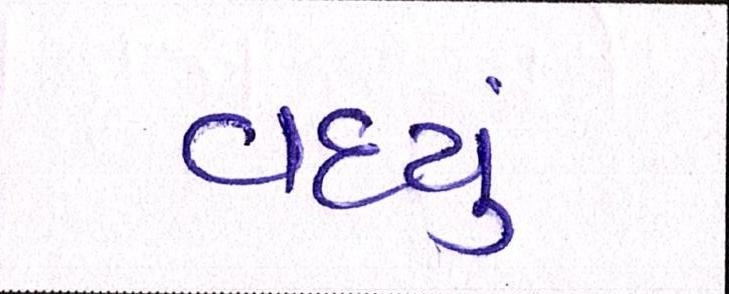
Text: વધ્યું